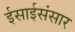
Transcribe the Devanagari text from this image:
ईसाईसंसार